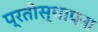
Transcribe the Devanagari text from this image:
प्रतीस्थापना